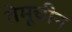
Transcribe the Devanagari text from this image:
तेमूचीन